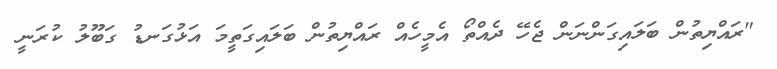
"ރައްޔިތުން ބަލައިގަންނަން ޖެހޭ ދެއްތޯ އެމީހެއް ރައްޔިތުން ބަލައިގަތީމަ އަޅުގަނޑު ގަބޫލު ކުރަނީ